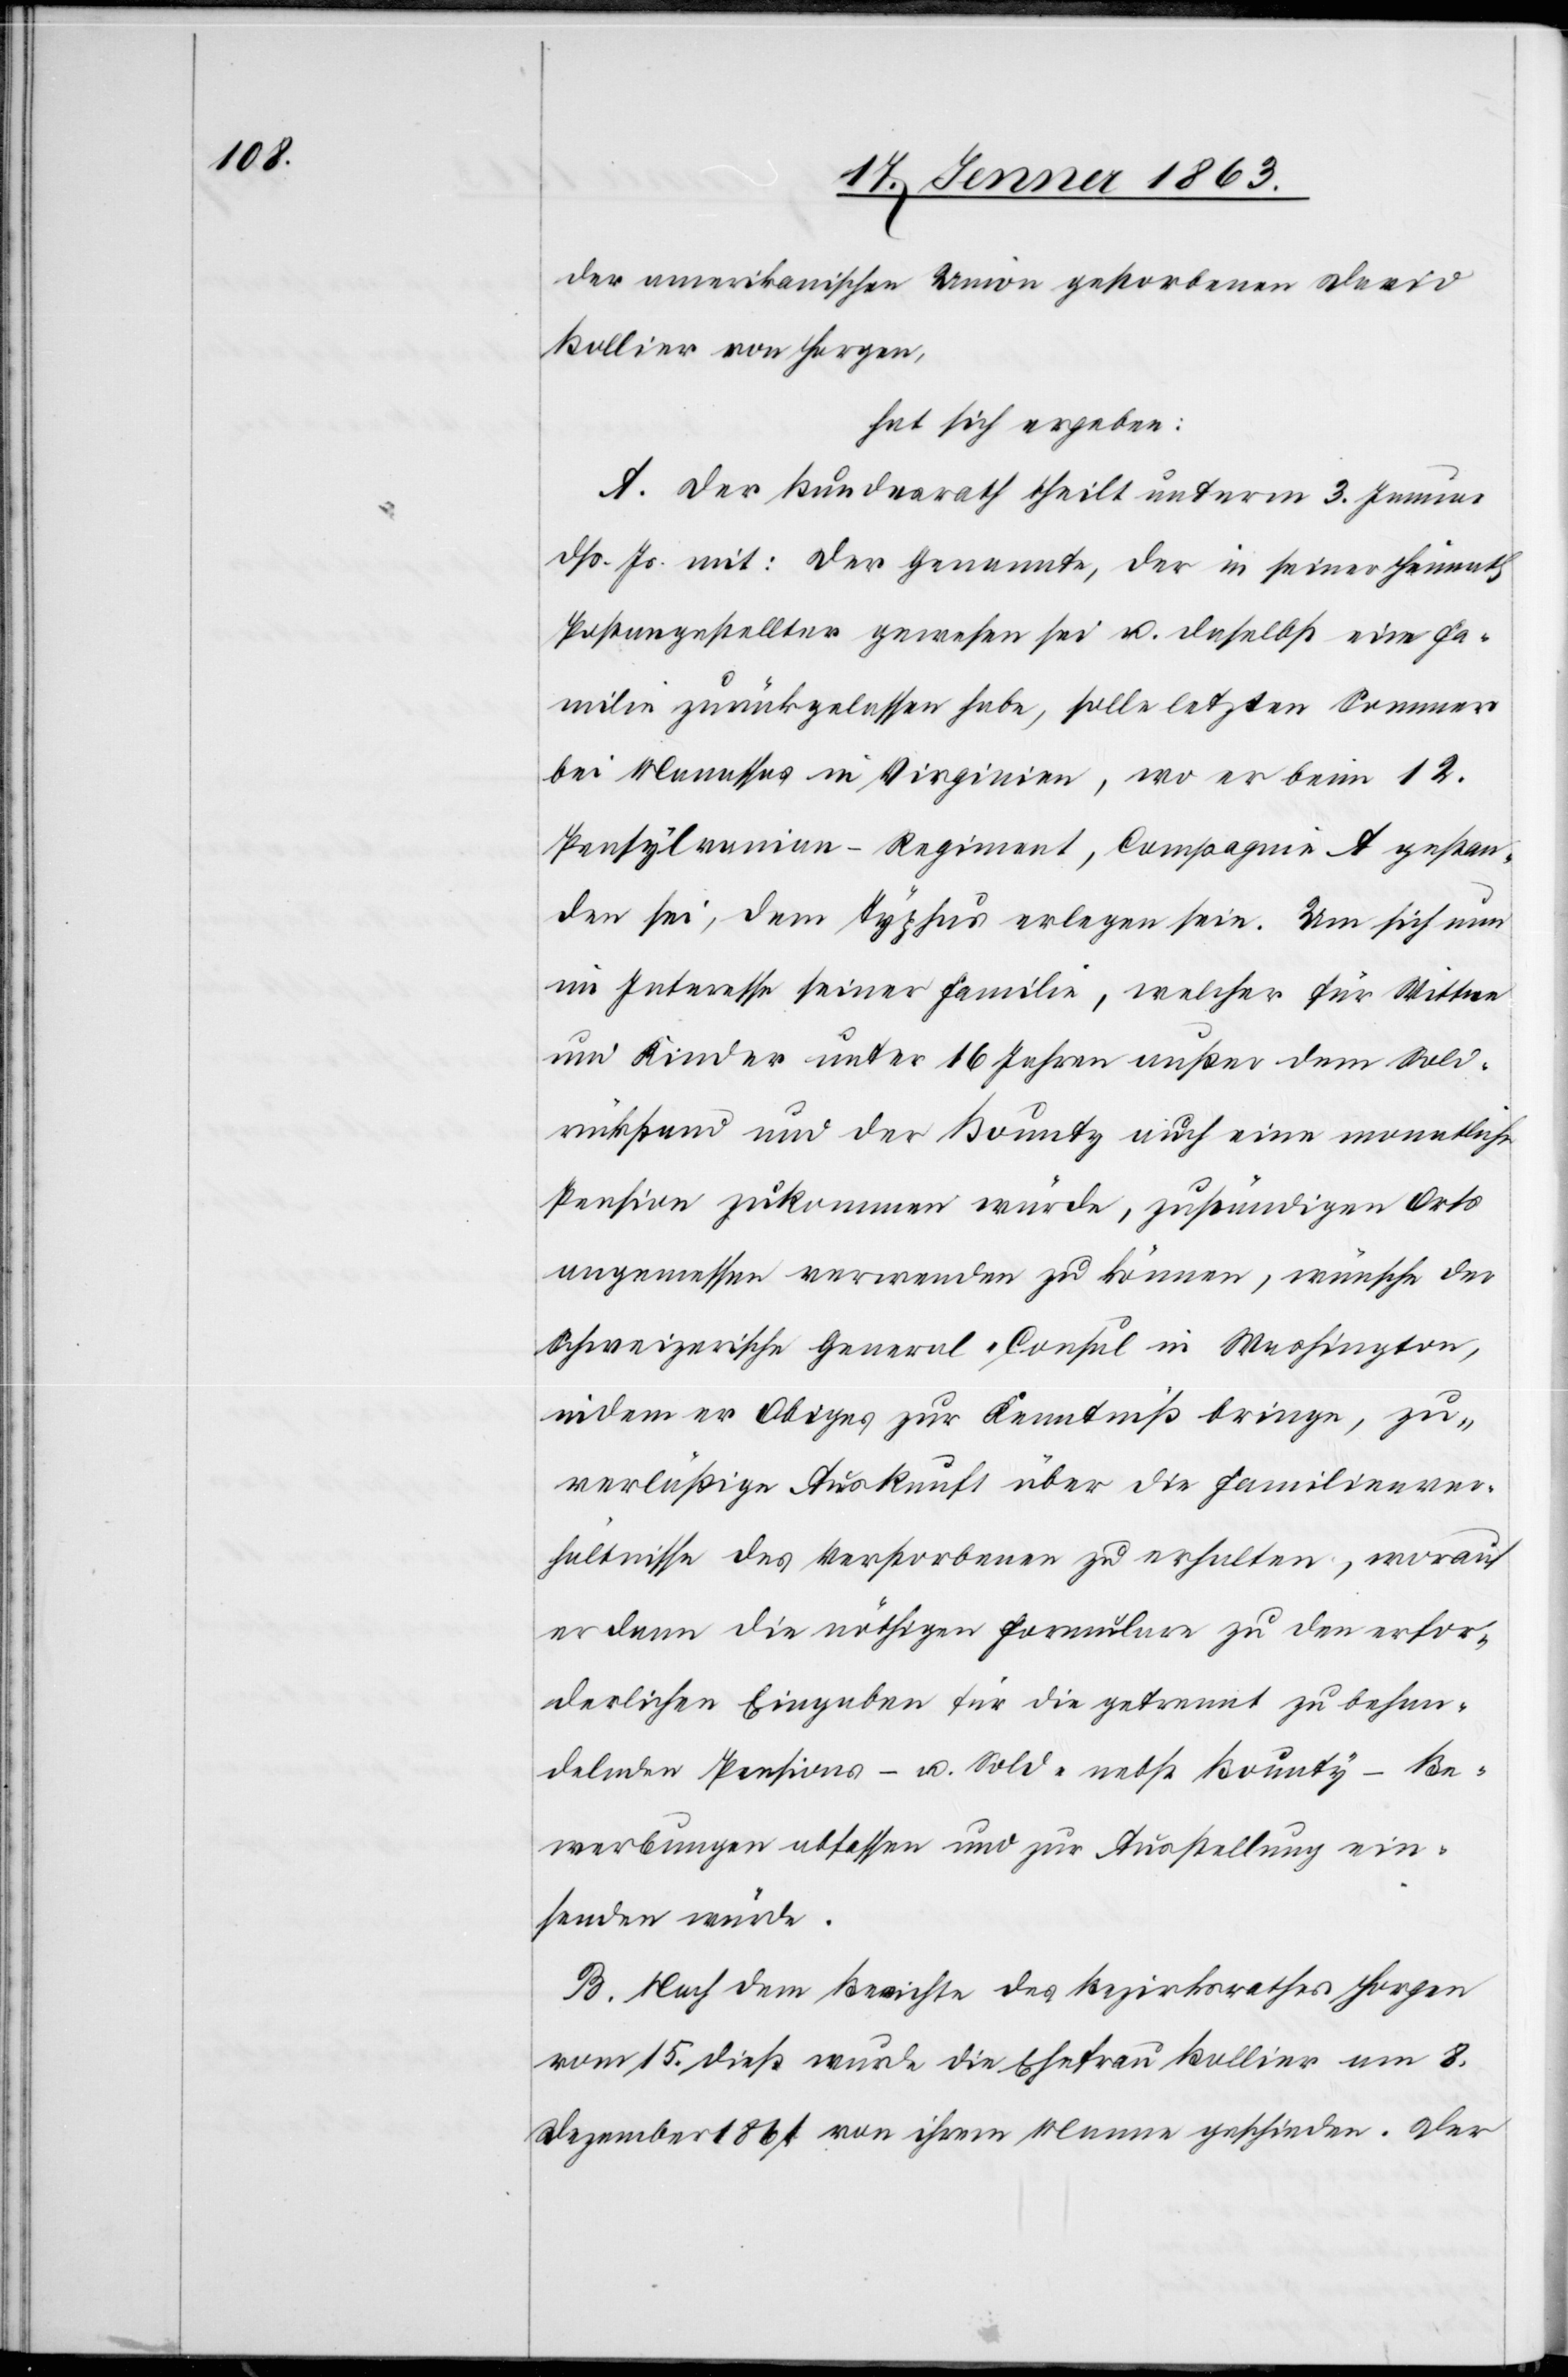
der amerikanischen Union gestorbenen David
Bollier von Horgen,
hat sich ergeben:
A. Der Bundesrath theilt unterm 3. Januar
dß. Js. mit: Der Genannte, der in seiner Heimath
Postangestellter gewesen sei u. daselbst eine Fa¬
milie zurückgelassen habe, solle letzten Sommer
bei Manassas in Virginien, wo er beim 12.
Pensylvanian-Regiment, Compagnie A gestan¬
den sei, dem Typhus erlegen sein. Um sich nun
im Interesse seiner Familie, welcher für Wittwe
und Kinder unter 16 Jahren außer dem Sold¬
rückstand und der Bounty auch eine monatliche
Pension zukommen würde, zuständigen Orts
angemessen verwenden zu können, wünsche der
Schweizerische General-Consul in Washington,
indem er Obiges zur Kenntniß bringe, zu¬
verläßige Auskunft über die Familienver¬
hältnisse des verstorbenen zu erhalten, worauf
er dann die nöthigen Formulare zu den erfor¬
derlichen Eingaben für die getrennt zu behan¬
delnden Pensions- u. Sold- nebst Bounty-Be¬
werbungen abfassen und zur Ausstellung ein¬
senden würde.
B. Nach dem Berichte des Bezirksrathes Horgen
vom 15. dieß wurde die Ehefrau Bollier am 8.
Dezember 1861 von ihrem Manne geschieden. Der